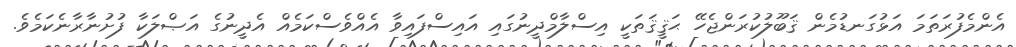
އެންމެފުރަތަމަ އަޅުގަނޑުމެން ޤަބޫލުކުރަންޖެހޭ ޙަޤީޤަތަކީ އިސްލާމްދީނުގައި އައިސްފައިވާ އެއްވެސްކަމެއް އެދީނުގެ އަޞްލަކާ ފުށުނާރާނެކަމެވެ.